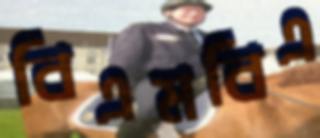
বিএমবিএ